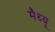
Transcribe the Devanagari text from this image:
मैथ्‍यू